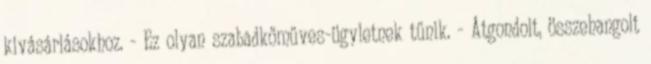
kivásárlásokhoz. - Ez olyan szabadkőműves-ügyletnek tűnik. - Átgondolt, összehangolt